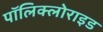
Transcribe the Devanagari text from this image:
पॉलिक्लोराइड